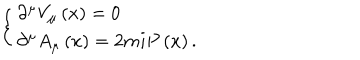
\left\{ \begin{array} { l } { { \partial ^ { \mu } V _ { \mu } \left( x \right) = 0 } } \\ { { \partial ^ { \mu } A _ { \mu } \left( x \right) = 2 m i P \left( x \right) . } } \\ \end{array} \right.